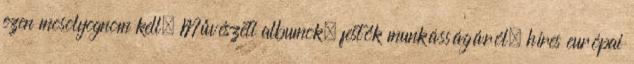
ezen mosolyognom kell. Művészeti albumok, festők munkásságáról, híres európai